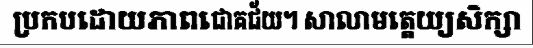
ប្រកបដោយភាពជោគជ័យ។ សាលាមត្តេយ្យសិក្សា